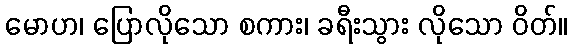
မောဟ၊ ပြောလိုသော စကား၊ ခရီးသွား လိုသော ဝိတ်။